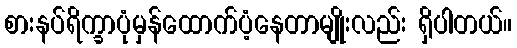
စားနပ်ရိက္ခာပုံမှန်ထောက်ပံ့နေတာမျိုးလည်း ရှိပါတယ်။